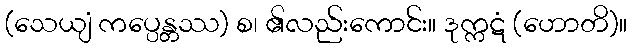
(သေယျံ ကပ္ပေန္တဿ) စ၊ ၏လည်းကောင်း။ ဒုက္ကဋံ (ဟောတိ)။